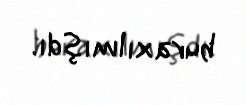
buraxılmışdı.